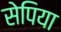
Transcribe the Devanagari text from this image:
सेपिया